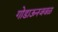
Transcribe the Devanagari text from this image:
गोडाऊनजवळ